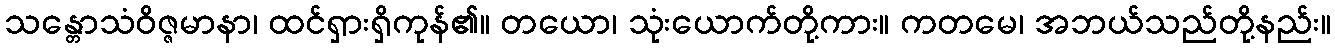
သန္တောသံဝိဇ္ဇမာနာ၊ ထင်ရှားရှိကုန်၏။ တယော၊ သုံးယောက်တို့ကား။ ကတမေ၊ အဘယ်သည်တို့နည်း။